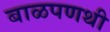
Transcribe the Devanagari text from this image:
बाळपणथी